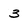
Character: 3